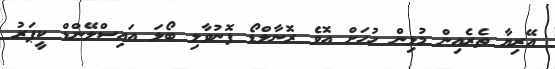
އޭރިޔާ ތެރެއިން މުޅިން ހުހަށް އޮވެ ރޮނާލްޑޯ ފޮނުވާލި ބޯޅަ އައިސްލޭންޑް ކީޕަރު